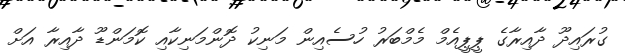
ގުރައިދޫ ދާއިރާގެ ޕީޕީއެމް މެމްބަރު ހުސެއިން މަނިކު ދޮންމަނިކާއި ކޮމަންޑޫ ދާއިރާ އަށް